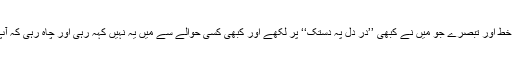
سو وہ طویل ترین خط اور تبصرے جو میں نے کبھی ’’درِ دل پہ دستک‘‘ پر لکھے اور کبھی کسی حوالے سے میں یہ نہیں کہہ رہی اور چاہ رہی کہ آپ انھیں شائع کریں۔